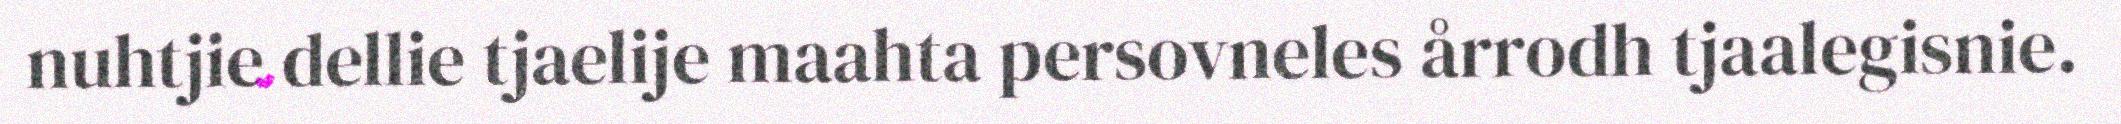
nuhtjie dellie tjaelije maahta persovneles årrodh tjaalegisnie.